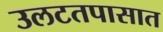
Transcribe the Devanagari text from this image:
उलटतपासात